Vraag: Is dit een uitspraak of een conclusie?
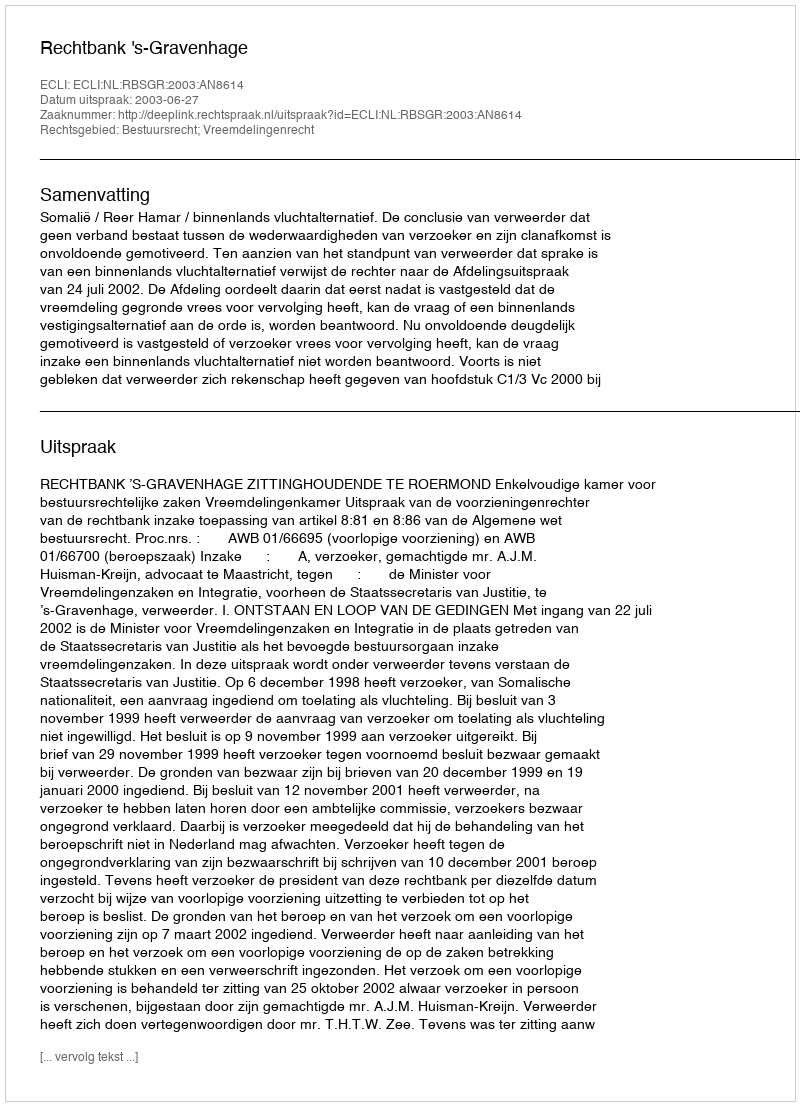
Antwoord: Uitspraak